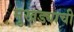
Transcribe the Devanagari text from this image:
मुखड्याची